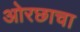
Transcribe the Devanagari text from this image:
ओरछाचा